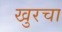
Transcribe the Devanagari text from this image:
खुरचा